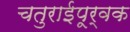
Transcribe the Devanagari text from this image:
चतुराईपूर्वक